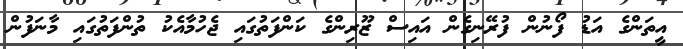
އީތަންގެ އަޑު ފޯނުން ފުރޭނިގެން އައިސް ޒޫރިންގެ ކަންފަތުގައި ޖެހުމާއެކު ތުންފަތުގައި މާނަފުން